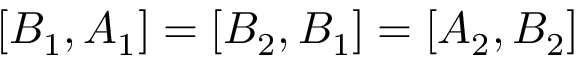
[ B _ { 1 } , A _ { 1 } ] = [ B _ { 2 } , B _ { 1 } ] = [ A _ { 2 } , B _ { 2 } ]